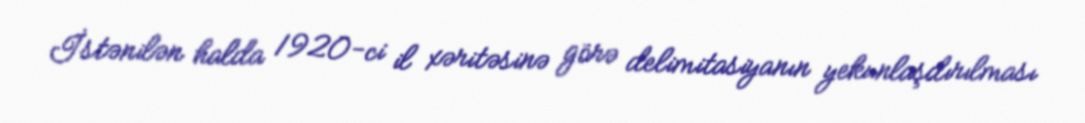
İstənilən halda 1920-ci il xəritəsinə görə delimitasiyanın yekunlaşdırılması